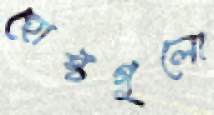
হোস্টগুলো